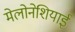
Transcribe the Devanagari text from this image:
मेलोनेशियाई